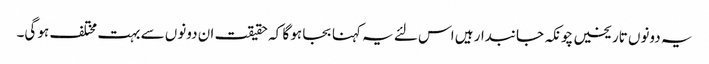
یہ دونوں تاریخیں چونکہ جانبدار ہیں اس لئے یہ کہنا بجا ہو گا کہ حقیقت ان دونوں سے بہت مختلف ہو گی۔